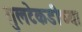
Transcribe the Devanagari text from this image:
गुलटेकडीच्या